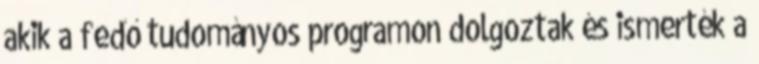
akik a fedő tudományos programon dolgoztak és ismerték a